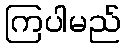
ကြပါမည်